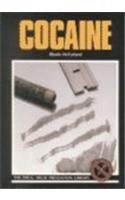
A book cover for Cocaine (Drug Abuse Prevention Library); Rhoda McFarland; Teen & Young Adult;